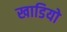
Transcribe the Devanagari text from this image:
खाडियो